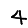
Digit: 4